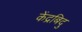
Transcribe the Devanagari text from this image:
केंद्रबिदु